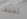
تعصف